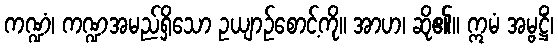
ကဏ္ဍံ၊ ကဏ္ဍအမည်ရှိသော ဥယျာဉ်စောင့်ကို။ အာဟ၊ ဆို၏။ ဣမံ အမ္ဗဋ္ဌိံ၊